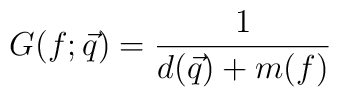
G(f;\vec{q})=\frac{1}{d(\vec{q})+m(f)}